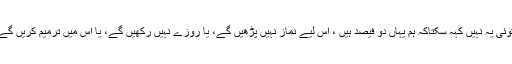
کوئی یہ نہیں کہہ سکتاکہ ہم یہاں دو فیصد ہیں ، اس لیے نماز نہیں پڑھیں گے، یا روزے نہیں رکھیں گے، یا اس میں ترمیم کریں گے۔